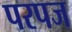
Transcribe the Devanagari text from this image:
परपज